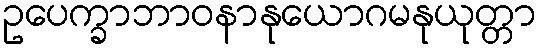
ဥပေက္ခာဘာဝနာနုယောဂမနုယုတ္တာ